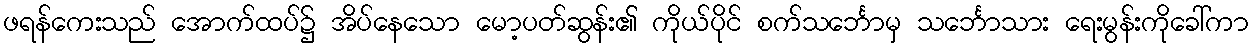
ဖရန်ကေးသည် အောက်ထပ်၌ အိပ်နေသော မော့ပတ်ဆွန်း၏ ကိုယ်ပိုင် စက်သင်္ဘောမှ သင်္ဘောသား ရေးမွန်းကိုခေါ်ကာ